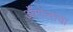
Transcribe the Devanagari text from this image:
अँगोलाचा